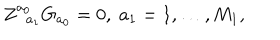
Z _ { \; \; a _ { 1 } } ^ { a _ { 0 } } G _ { a _ { 0 } } = 0 , \; a _ { 1 } = 1 , \ldots , M _ { 1 } ,